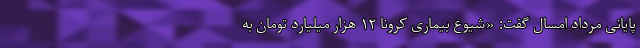
پایانی مرداد امسال گفت: «شیوع بیماری کرونا ۱۲ هزار میلیارد تومان به